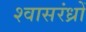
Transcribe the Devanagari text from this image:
श्वासरंध्रों